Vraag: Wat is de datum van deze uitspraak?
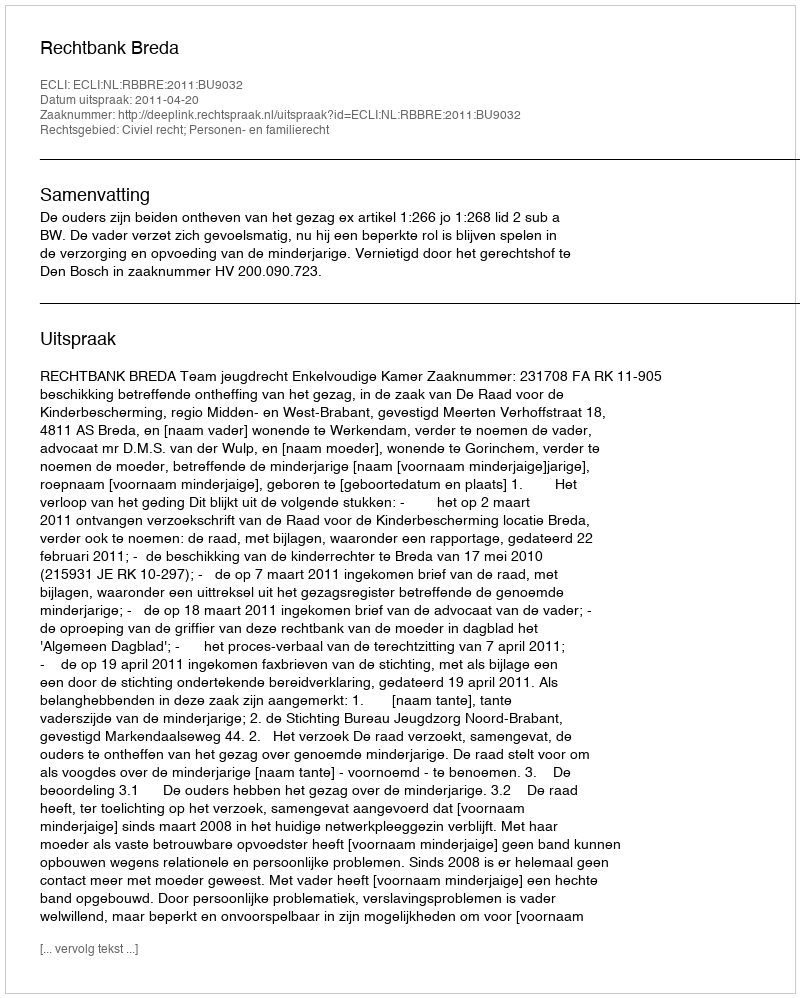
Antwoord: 2011-04-20